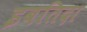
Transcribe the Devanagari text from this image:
इबतिदा